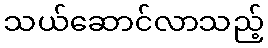
သယ်ဆောင်လာသည့်